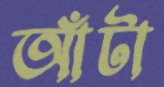
আঁটা